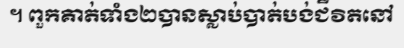
។ ពួកគាត់ទាំង២បានស្លាប់បាត់បង់ជីវិតនៅ